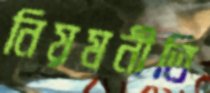
নিয়মনীতি